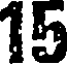
15